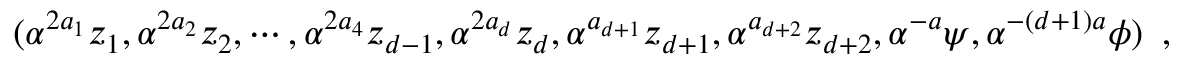
( { { \alpha } ^ { 2 a _ { 1 } } { z _ { 1 } } , { \alpha } ^ { 2 a _ { 2 } } { z _ { 2 } } , \cdots , { \alpha } ^ { 2 a _ { 4 } } { z _ { d - 1 } } , { \alpha } ^ { 2 a _ { d } } { z _ { d } } , { \alpha } ^ { a _ { d + 1 } } { z _ { d + 1 } } , { \alpha } ^ { a _ { d + 2 } } { z _ { d + 2 } } , { \alpha } ^ { - a } { \psi } , { \alpha } ^ { - ( d + 1 ) a } { \phi } } ) \, \, \, ,